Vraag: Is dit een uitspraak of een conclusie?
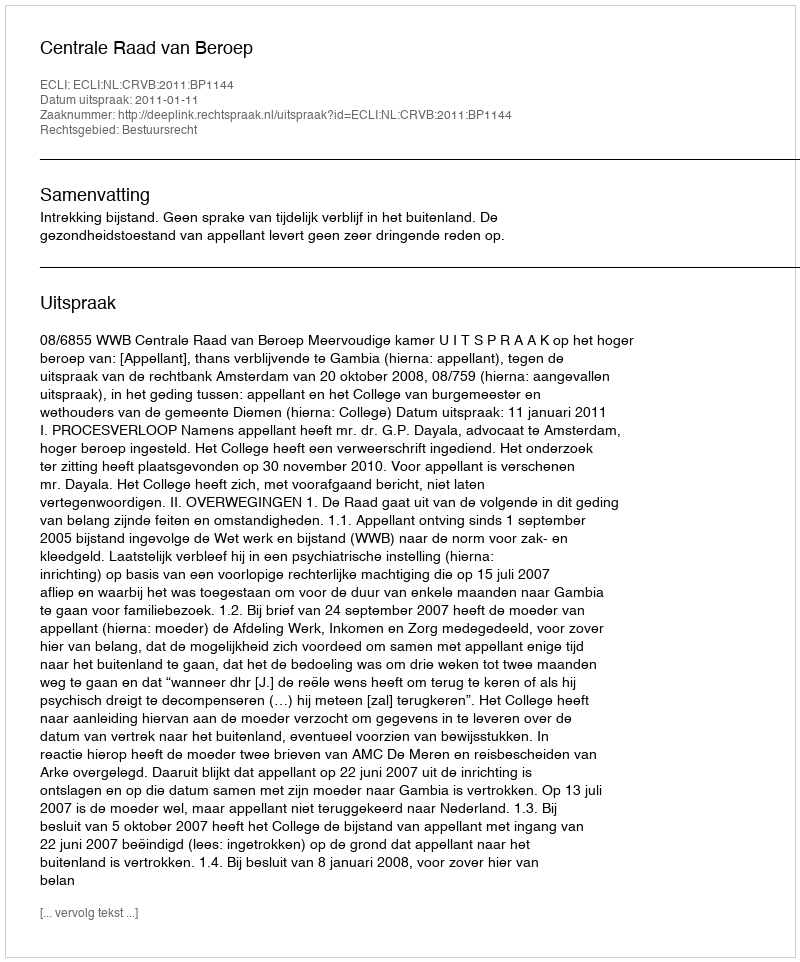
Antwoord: Uitspraak